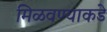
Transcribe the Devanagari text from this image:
मिळवण्याकडे